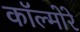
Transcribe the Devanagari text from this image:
कॉल्मोरे